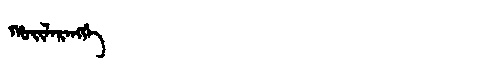
Manchu: ᡥᠣᡳᠯᠠᡵᠠᠩᡤᡝ
Romanization: HOILARANGGE